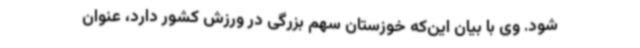
شود. وی با بیان این‌که خوزستان سهم بزرگی در ورزش کشور دارد، عنوان